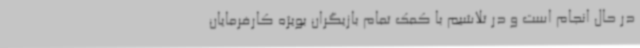
در حال انجام است و در تلاشیم با کمک تمام بازیگران بویژه کارفرمایان